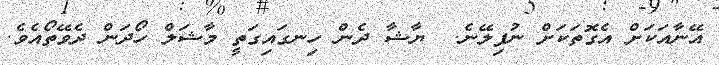
އޭނާއަކަށް އެގޮތަކަށް ނުފިލޭނެ.  ޔާޝާ ދެން ހިނގައިގަތީ މާޝަލް ހޯދަން ދެވޭތޯއެވެ.